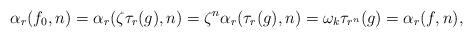
LaTeX: \begin{align*}\alpha_r(f_0,n) = \alpha_r(\zeta \tau_r(g),n) = \zeta^n \alpha_r(\tau_r(g),n) = \omega_k \tau_{r^n}(g) = \alpha_r(f,n),\end{align*}